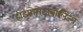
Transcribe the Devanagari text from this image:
हाइपोमेटाबोलिज्म